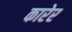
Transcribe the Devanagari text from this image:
कारेर